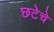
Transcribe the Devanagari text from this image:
छटेचे